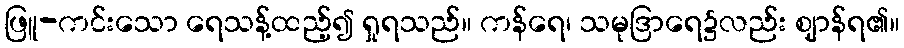
ဖြူ-ကင်းသော ရေသန့်ထည့်၍ ရှုရသည်။ ကန်ရေ၊ သမုဒြာရေ၌လည်း ဈာန်ရ၏။